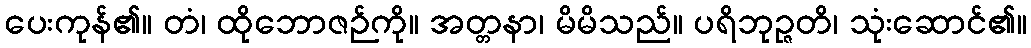
ပေးကုန်၏။ တံ၊ ထိုဘောဇဉ်ကို။ အတ္တနာ၊ မိမိသည်။ ပရိဘုဉ္ဇတိ၊ သုံးဆောင်၏။